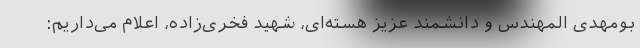
بومهدی المهندس و دانشمند عزیز هسته‌ای، شهید فخری‌زاده، اعلام می‌داریم: